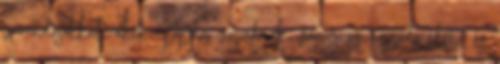
várandósokkal, akik éppen vajúdnak, vagy az aggódó élet- és